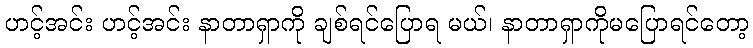
ဟင့်အင်း ဟင့်အင်း နာတာရှာကို ချစ်ရင်ပြောရ မယ်၊ နာတာရှာကိုမပြောရင်တော့